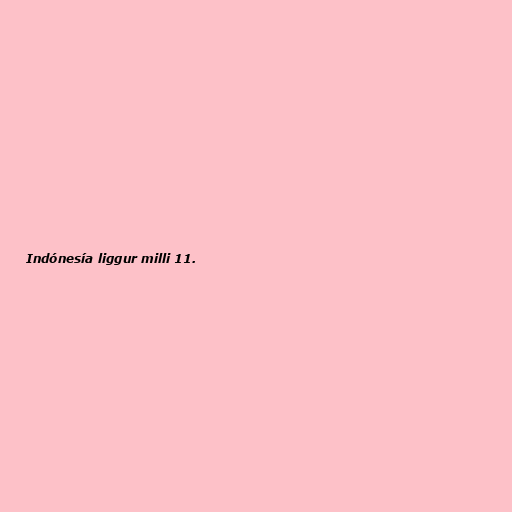
Indónesía liggur milli 11.